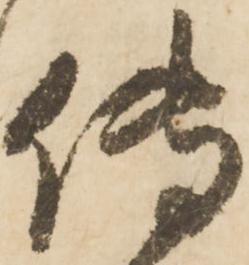
傳